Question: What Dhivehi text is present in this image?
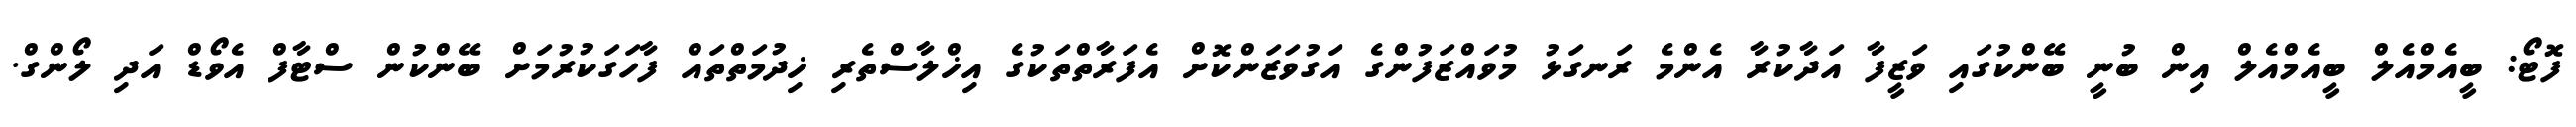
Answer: ފޮޓޯ: ބީއެމްއެލް ބީއެމްއެލް އިން ބުނީ ބޭންކުގައި ވަޒީފާ އަދާކުރާ އެންމެ ރަނގަޅު މުވައްޒަފުންގެ އަގުވަޒަންކޮށް އެފަރާތްތަކުގެ އިޚްލާސްތެރި ޚިދުމަތްތައް ފާހަގަކުރުމަށް ބޭންކުން ސްޓާފް އެވޯޑް އަދި ލޯންގް.